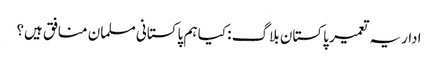
اداریہ تعمیر پاکستان بلاگ : کیا ہم پاکستانی مسلمان منافق ہیں؟